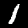
Label: 1